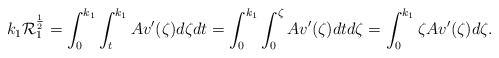
\begin{align*} k_1\mathcal{R}_1^{\frac{1}{2}} = \int_{0}^{k_1}\int_{t}^{k_1} Av'(\zeta)d\zeta dt = \int_{0}^{k_1}\int_{0}^{\zeta} Av'(\zeta)dt d\zeta = \int_{0}^{k_1}\zeta Av'(\zeta) d\zeta. \end{align*}